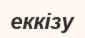
еккізу